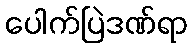
ပေါက်ပြဲဒဏ်ရာ